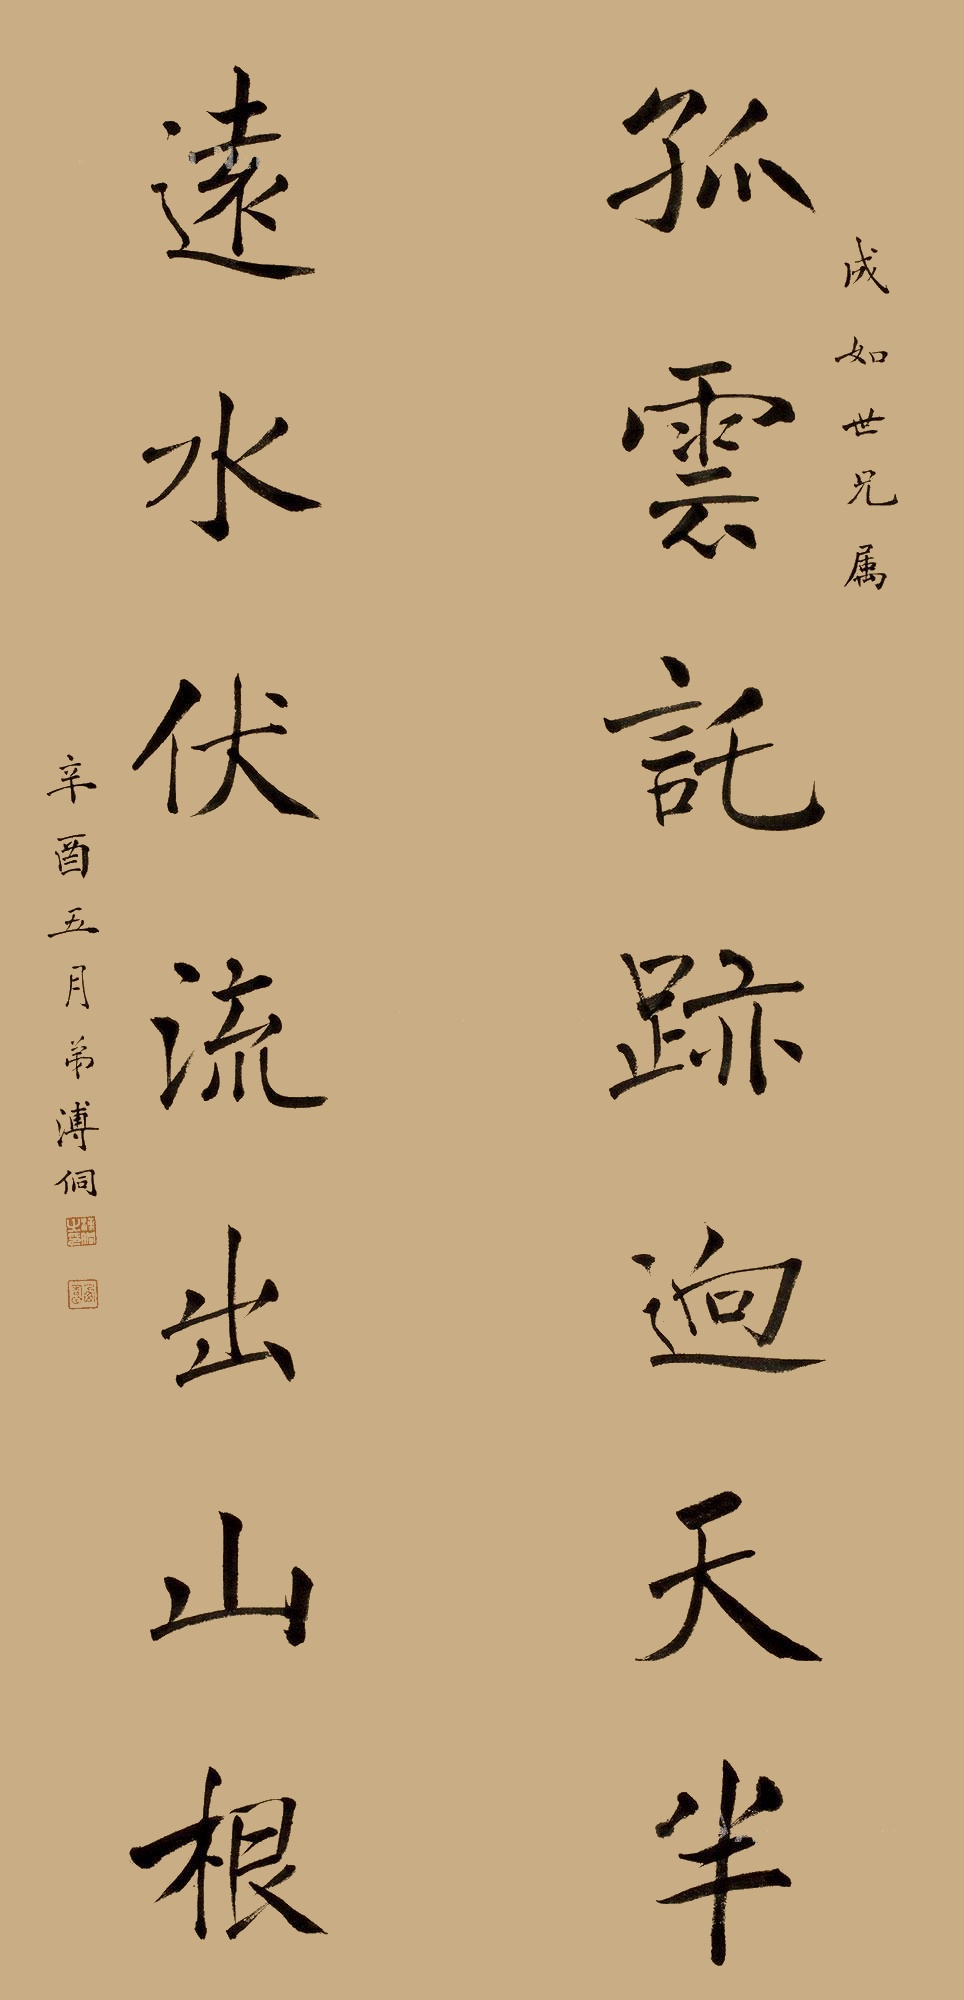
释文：孤云托迹向天半，远水伏流出山根。成如世兄属，辛酉五月，弟溥侗。